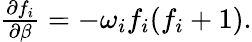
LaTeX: \begin{array}{r}{\frac{\partial f_{i}}{\partial\beta}=-\omega_{i}f_{i}(f_{i}+1).}\end{array}